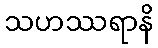
သဟဿရာနိ